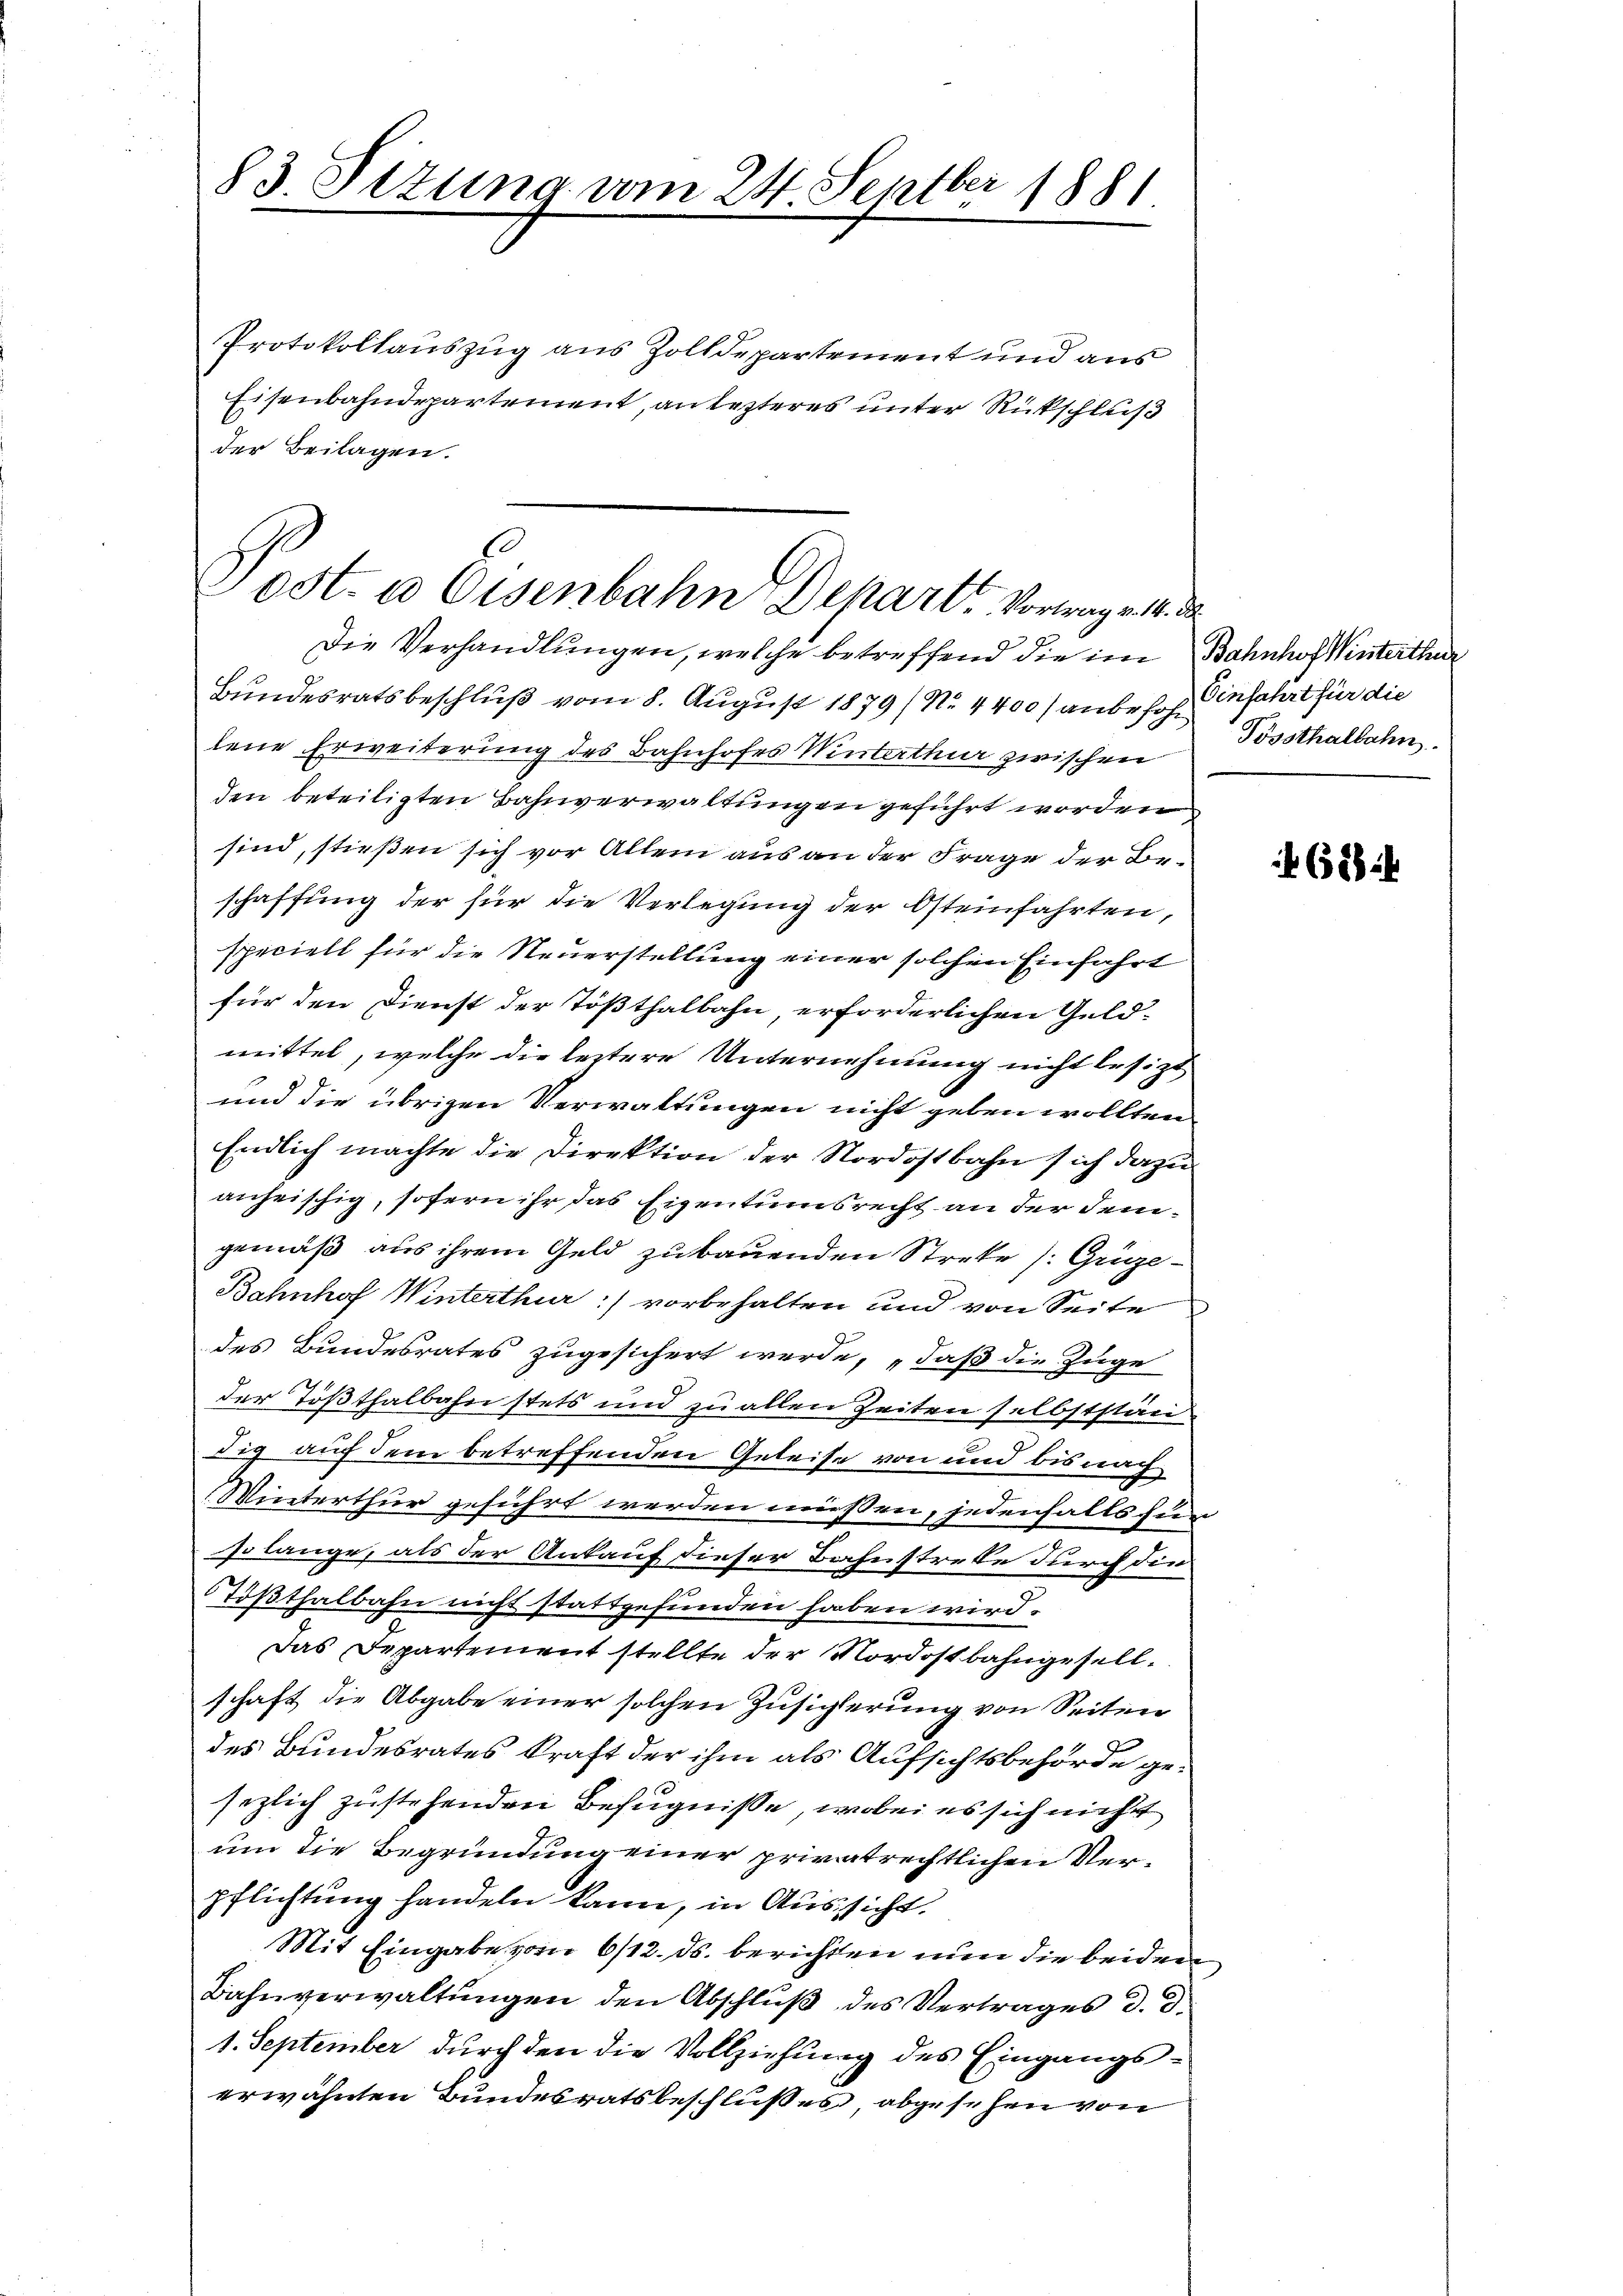
83. Sizung am 24. Septber 1881

Protokollauszug aus Zolldepartement und aus
Eisenbahndepartement, an lezteres unter Rückschluß
der Beilagen.
s

Post- u Eisenbahn Depart. Vortrag v. 14. d.

Die Verhandlungen, welche betreffend die im Bahnhof Winterthur
Bundesratsbeschluß vom 8. August 1879/ No. 4400 / anbefohnfahrt für die
lene Erweiterung des Bahnhofes Winterthur zwischen
den beteiligten Bahnverwaltungen geführt worden
sind, stießen sich vor Allem aus an der Frage der Beschaffung der für die Verlegung der Osteinfahrten,
speciell für die Neuerstellung einer solchen Einfahrt
für den Dienst der Tößthalbahn, erforderlichen Geld-
mittel, welche die leztere Unternehmung nicht besizt,
und die übrigen Verwaltungen nicht geben wollten.
Endlich machte die Direktion der Nordostbahn sich dazu
anheischig, sofern ihr das Eigentumsrecht an der demgemäß aus ihrem Geld zu bauenden Streke /:Grüze¬
Bahnhof Winterthur :/ vorbehalten und von Seite
des Bundesrates zugesichert werde, „daß die Zuge
der Tößthalbahn stets und zu allen Zeiten selbststän
dig auf dem betreffenden Geleise von und bis nach
Winterthur geführt werden müssen, jedenfalls für
so lange, als der Ankauf dieser Bahnstrebe durch die
Tößthalbahn nicht stattgefunden haben wird.
Das Departement stellte der Nordostbahngesellschaft die Abgabe einer solchen Zusicherung von Seiten
des Bundesrates kraft der ihm als Aufsichtsbehörde gesezlich zustehenden Befugnisse, wobei es sich nicht
um die Begründung einer privatrechtlichen Verpflichtung handeln kann, in Aussicht.
Mit Eingabe vom 6/12. ds. berichten nun die beiden
Bahnverwaltungen den Abschluß des Vertrages d. d.
1. September durch den die Vollziehung des Eingangserwähnten Bundesratsbeschlußes, abgesehen von

Tössthalbahn.

688